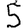
Digit: 5